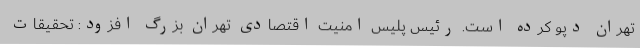
تهران دپو کرده است. رئیس پلیس امنیت اقتصادی تهران بزرگ افزود: تحقیقات